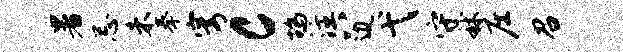
暑忌未拳穹c鸪注八边弋守秫庄召